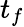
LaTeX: t_{f}